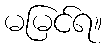
မမြင်ရ။